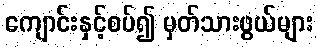
ကျောင်းနှင့်စပ်၍ မှတ်သားဖွယ်များ